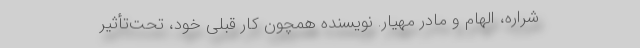
شراره، الهام و مادر مهیار. نویسنده همچون کار قبلی خود، تحت‌تأثیر